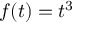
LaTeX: f ( t ) = t ^ { 3 }